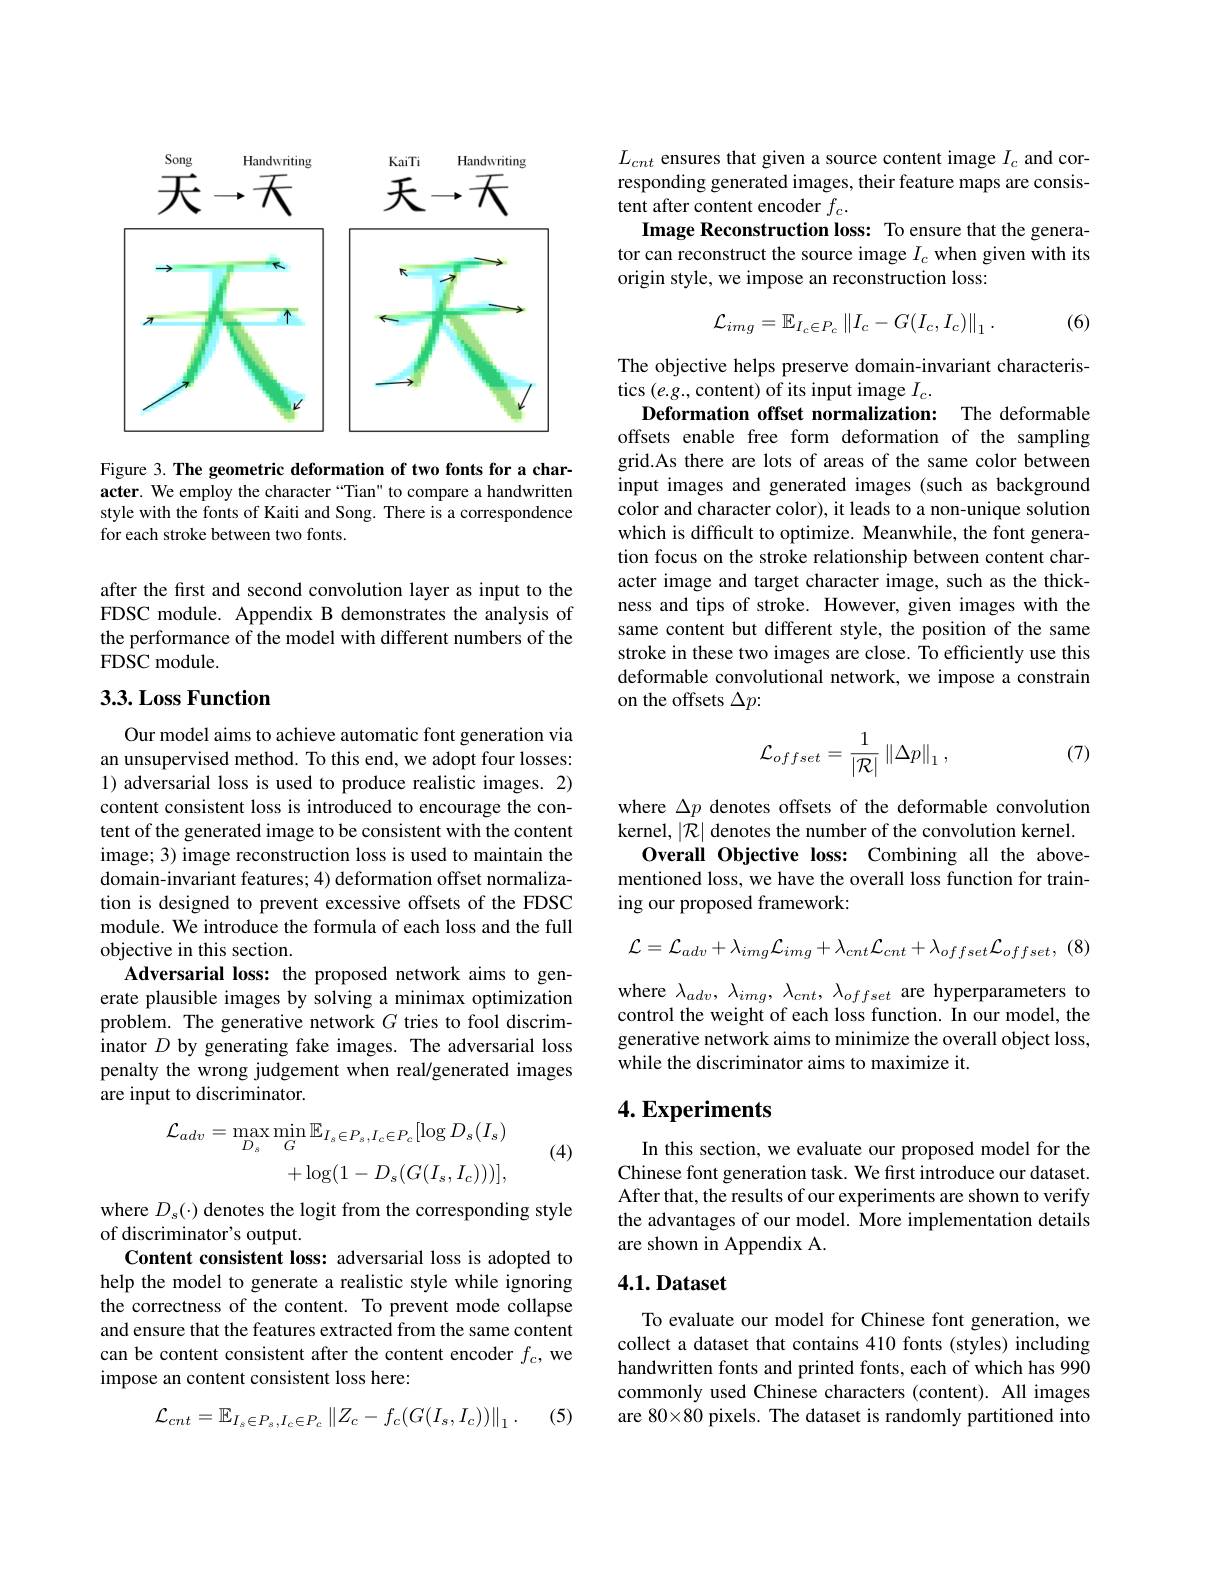
<FigureHere>

Figure 3. The geometric deformation of two fonts for a character. We employ the character “Tian" to compare a handwritten style with the fonts of Kaiti and Song. There is a correspondence for each stroke between two fonts.

after the first and second convolution layer as input to the FDSC module. Appendix B demonstrates the analysis of the performance of the model with different numbers of the FDSC module.

## 3.3. Loss Function

Our model aims to achieve automatic font generation via an unsupervised method. To this end, we adopt four losses: 1) adversarial loss is used to produce realistic images. 2) content consistent loss is introduced to encourage the content of the generated image to be consistent with the content image; 3) image reconstruction loss is used to maintain the domain-invariant features; 4) deformation offset normalization is designed to prevent excessive offsets of the FDSC module. We introduce the formula of each loss and the full objective in this section.
Adversarial loss: the proposed network aims to generate plausible images by solving a minimax optimization problem. The generative network $G$ tries to fool discriminator $D$ by generating fake images. The adversarial loss penalty the wrong judgement when real/generated images are input to discriminator.
$$\begin{aligned}\mathcal{L}_{adv}&=\max_{D_{s}}\operatorname*{min}_{G}\mathbb{E}_{I_{s}\in P_{s},I_{c}\in P_{c}}[\log D_{s}(I_{s})\\&+\log(1-D_{s}(G(I_{s},I_{c})))],\end{aligned}$$
(4)

where $D_s(\cdot)$ denotes the logit from the corresponding style
of discriminator's output.
Content consistent loss: adversarial loss is adopted to help the model to generate a realistic style while ignoring the correctness of the content. To prevent mode collapse and ensure that the features extracted from the same content can be content consistent after the content encoder $f_c$, we impose an content consistent loss here:

(5)
$$\mathcal{L}_{cnt}=\mathbb{E}_{I_{s}\in P_{s},I_{c}\in P_{c}}\left\|Z_{c}-f_{c}(G(I_{s},I_{c}))\right\|_{1}.$$
$L_{cnt}$ ensures that given a source content image $I_c$ and corresponding generated images, their feature maps are consistent after content encoder $f_c.$
Image Reconstruction loss: To ensure that the generator can reconstruct the source image $I_c$ when given with its origin style, we impose an reconstruction loss:
$$\mathcal{L}_{img}=\mathbb{E}_{I_{c}\in P_{c}}\left\|I_{c}-G(I_{c},I_{c})\right\|_{1}.$$
(6)

The objective helps preserve domain-invariant characteris-
tics $(e.g.$,content) of its input image $I_c.$
Deformation offset normalization: The deformable offsets enable free form deformation of the sampling grid.As there are lots of areas of the same color between input images and generated images (such as background color and character color), it leads to a non-unique solution which is difficult to optimize. Meanwhile, the font generation focus on the stroke relationship between content character image and target character image, such as the thickness and tips of stroke. However, given images with the same content but different style, the position of the same stroke in these two images are close. To efficiently use this deformable convolutional network, we impose a constrain on the offsets $\Delta p:$

(7)
$$\mathcal{L}_{offset}=\frac{1}{|\mathcal{R}|}\left\|\Delta p\right\|_{1},$$
where $\Delta p$ denotes offsets of the deformable convolution kernel, $|\mathcal{R}|$ denotes the number of the convolution kernel.
Overall Objective loss: Combining all the abovementioned loss, we have the overall loss function for training our proposed framework:
$$\mathcal{L}=\mathcal{L}_{adv}+\lambda_{img}\mathcal{L}_{img}+\lambda_{cnt}\mathcal{L}_{cnt}+\lambda_{offset}\mathcal{L}_{offset},$$
(8)

where $\lambda_{adv},\lambda_{img},\lambda_{cnt},\lambda_{offset}$ are hyperparameters to control the weight of each loss function. In our model, the generative network aims to minimize the overall object loss, while the discriminator aims to maximize it.

## $4. \textbf{Experiments}$

In this section, we evaluate our proposed model for the Chinese font generation task. We first introduce our dataset. After that, the results of our experiments are shown to verify the advantages of our model. More implementation details are shown in Appendix A.

## 4.1. Dataset

To evaluate our model for Chinese font generation, we collect a dataset that contains 410 fonts (styles) including handwritten fonts and printed fonts, each of which has 990 commonly used Chinese characters (content). All images are 80×80 pixels. The dataset is randomly partitioned into